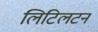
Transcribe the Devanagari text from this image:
लिटिलटन